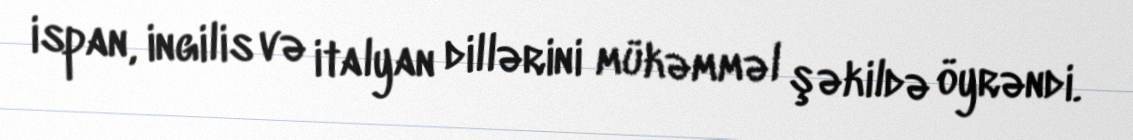
ispan, ingilis və italyan dillərini mükəmməl şəkildə öyrəndi.